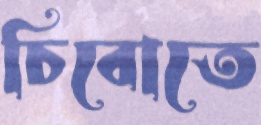
চিবোতে